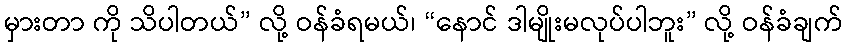
မှားတာ ကို သိပါတယ်” လို့ ဝန်ခံရမယ်၊ “နောင် ဒါမျိုးမလုပ်ပါဘူး” လို့ ဝန်ခံချက်